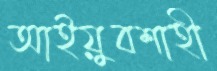
আইয়ুবশাহী